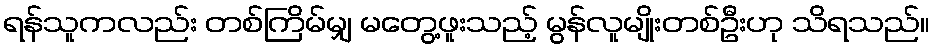
ရန်သူကလည်း တစ်ကြိမ်မျှ မတွေ့ဖူးသည့် မွန်လူမျိုးတစ်ဦးဟု သိရသည်။